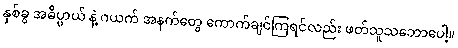
နှစ်ခွ အဓိပ္ပာယ် နဲ့ ဂယက် အနက်တွေ ကောက်ချင်ကြရင်လည်း ဖတ်သူသဘောပေါ့။